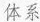
体系